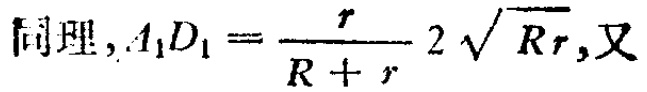
同理，$A_{1}D_{1}=\frac{r}{R + r}2\sqrt{Rr}$,又